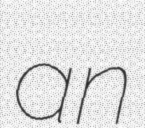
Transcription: an